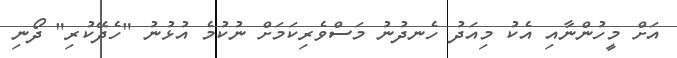
އަށް މީހުންނާއި އެކު މިއަދު ހެނދުނު މަސްވެރިކަމަށް ނުކުމެ އުޅުނު "ހެދޭކުރި" ދޯނި